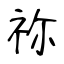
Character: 祢